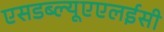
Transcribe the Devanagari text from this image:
एसडब्ल्यूएएलईसी